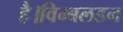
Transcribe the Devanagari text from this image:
है।विम्बलडन